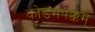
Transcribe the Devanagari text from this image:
कोडमपक्कम्